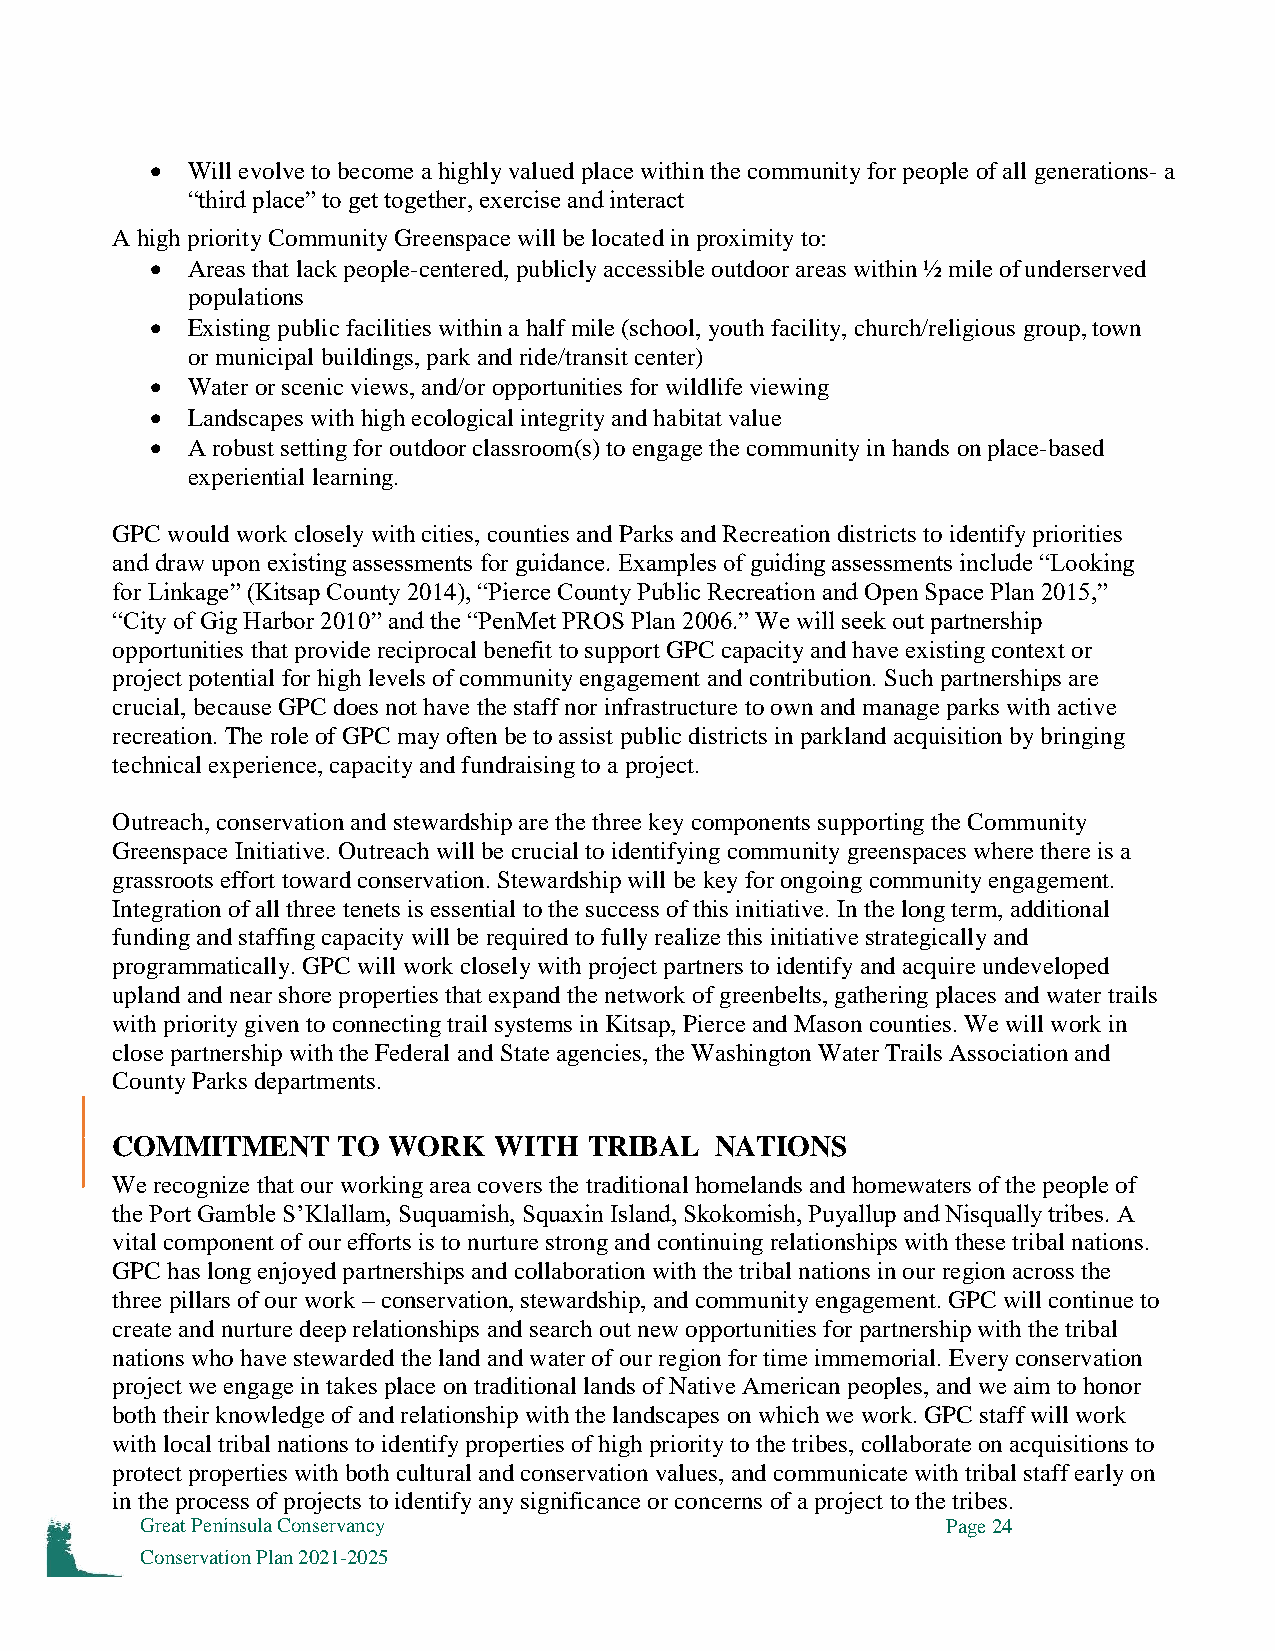
 Will evolve to become a highly valued place within the community for people of all generations- a
 “third place” to get together, exercise and interact
 A high priority Community Greenspace will be located in proximity to:
  Areas that lack people-centered, publicly accessible outdoor areas within ½ mile of underserved
 populations
  Existing public facilities within a half mile (school, youth facility, church/religious group, town
 or municipal buildings, park and ride/transit center)
  Water or scenic views, and/or opportunities for wildlife viewing
  Landscapes with high ecological integrity and habitat value
  A robust setting for outdoor classroom(s) to engage the community in hands on place-based
 experiential learning.
 GPC would work closely with cities, counties and Parks and Recreation districts to identify priorities
 and draw upon existing assessments for guidance. Examples of guiding assessments include “Looking
 for Linkage” (Kitsap County 2014), “Pierce County Public Recreation and Open Space Plan 2015,”
 “City of Gig Harbor 2010” and the “PenMet PROS Plan 2006.” We will seek out partnership
 opportunities that provide reciprocal benefit to support GPC capacity and have existing context or
 project potential for high levels of community engagement and contribution. Such partnerships are
 crucial, because GPC does not have the staff nor infrastructure to own and manage parks with active
 recreation. The role of GPC may often be to assist public districts in parkland acquisition by bringing
 technical experience, capacity and fundraising to a project.
 Outreach, conservation and stewardship are the three key components supporting the Community
 Greenspace Initiative. Outreach will be crucial to identifying community greenspaces where there is a
 grassroots effort toward conservation. Stewardship will be key for ongoing community engagement.
 Integration of all three tenets is essential to the success of this initiative. In the long term, additional
 funding and staffing capacity will be required to fully realize this initiative strategically and
 programmatically. GPC will work closely with project partners to identify and acquire undeveloped
 upland and near shore properties that expand the network of greenbelts, gathering places and water trails
 with priority given to connecting trail systems in Kitsap, Pierce and Mason counties. We will work in
 close partnership with the Federal and State agencies, the Washington Water Trails Association and
 County Parks departments.
 COMMITMENT     TO  WORK   WITH  TRIBAL  NATIONS
 We recognize that our working area covers the traditional homelands and homewaters of the people of
 the Port Gamble S’Klallam, Suquamish, Squaxin Island, Skokomish, Puyallup and Nisqually tribes. A
 vital component of our efforts is to nurture strong and continuing relationships with these tribal nations.
 GPC has long enjoyed partnerships and collaboration with the tribal nations in our region across the
 three pillars of our work – conservation, stewardship, and community engagement. GPC will continue to
 create and nurture deep relationships and search out new opportunities for partnership with the tribal
 nations who have stewarded the land and water of our region for time immemorial. Every conservation
 project we engage in takes place on traditional lands of Native American peoples, and we aim to honor
 both their knowledge of and relationship with the landscapes on which we work. GPC staff will work
 with local tribal nations to identify properties of high priority to the tribes, collaborate on acquisitions to
 protect properties with both cultural and conservation values, and communicate with tribal staff early on
 in the process of projects to identify any significance or concerns of a project to the tribes.
 Great Peninsula Conservancy                           Page 24
 Conservation Plan 2021-2025